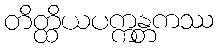
တိတ္ထိယပက္ကန္တကဿ